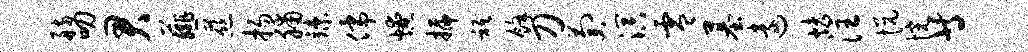
舫叨君薤慈扬脯竦儒燎插只余刀萄溟零墓远烤注悦惋等